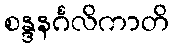
စန္ဒနင်္ဂလိကာတိ